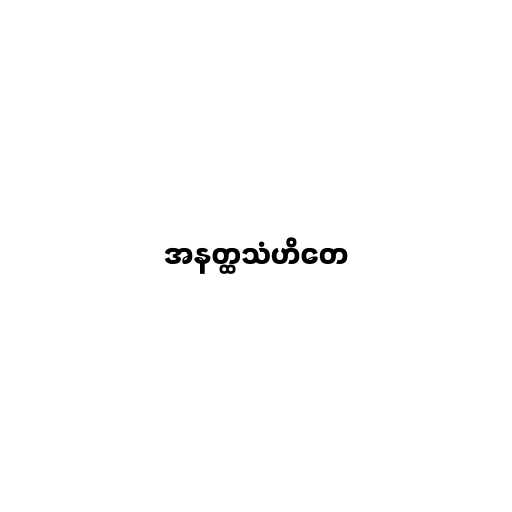
အနတ္ထသံဟိတေ